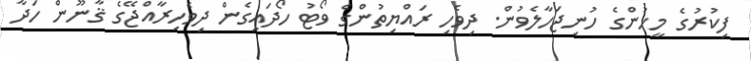
ފިކުރުގެ މީހުންގެ ހުނިޖަހާލެވުން. ދިވެހި ރައްޔިތުންގެ ވޯޓު ހޯދައިގެން ދިވެހިރާއްޖޭގެ ޤާނޫން ހަދާ